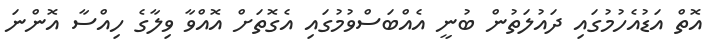
އޮތް އަޑުއެހުމުގައި ދައުލަތުން ބުނީ އެއްބަސްވުމުގައި އެގޮތަށް އޮއްވާ ވިލާގެ ހިއްސާ އޮންނަ